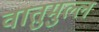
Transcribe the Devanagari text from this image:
वातुमुल्ल